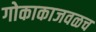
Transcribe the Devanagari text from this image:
गोकाकाजवळच